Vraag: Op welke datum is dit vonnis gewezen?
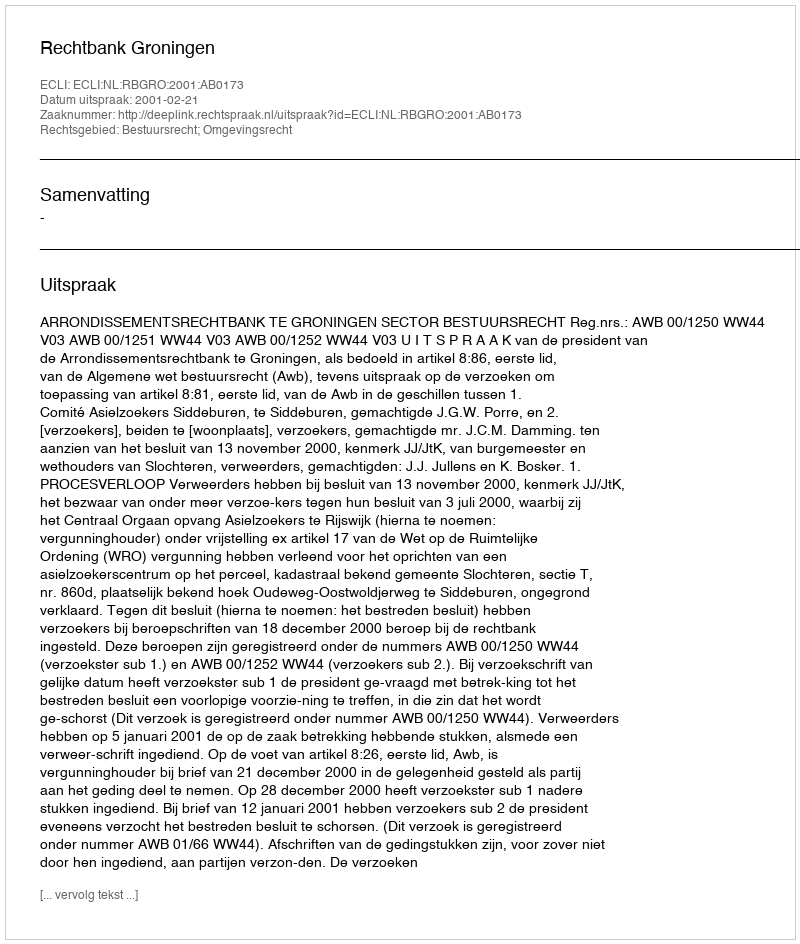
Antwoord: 2001-02-21